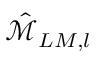
\hat { \mathcal { M } } _ { L M , l }